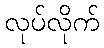
လုပ်လိုက်